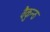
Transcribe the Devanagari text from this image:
वैकुन्ठ